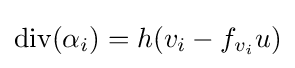
{\text{div}}(\alpha _{i})=h(v_{i}-f_{v_{i}}u)